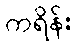
ကရိန်း